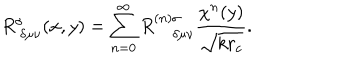
R _ { ~ \delta \mu \nu } ^ { \sigma } ( x , y ) = \sum _ { n = 0 } ^ { \infty } R _ { ~ \delta \mu \nu } ^ { ( n ) \sigma } \frac { \chi ^ { n } ( y ) } { \sqrt { k r _ { c } } } .